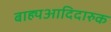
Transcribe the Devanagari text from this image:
बाह्यआदिदारुक